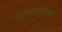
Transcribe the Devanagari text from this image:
समुद्रसपाटीलगत